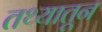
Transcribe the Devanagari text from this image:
तथ्यातून